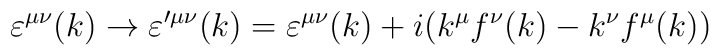
\varepsilon^{\mu \nu}(k) \rightarrow \varepsilon'^{\mu \nu}(k) = \varepsilon^{\mu \nu}(k) + i(k^{\mu}f^{\nu}(k) - k^{\nu}f^{\mu}(k))